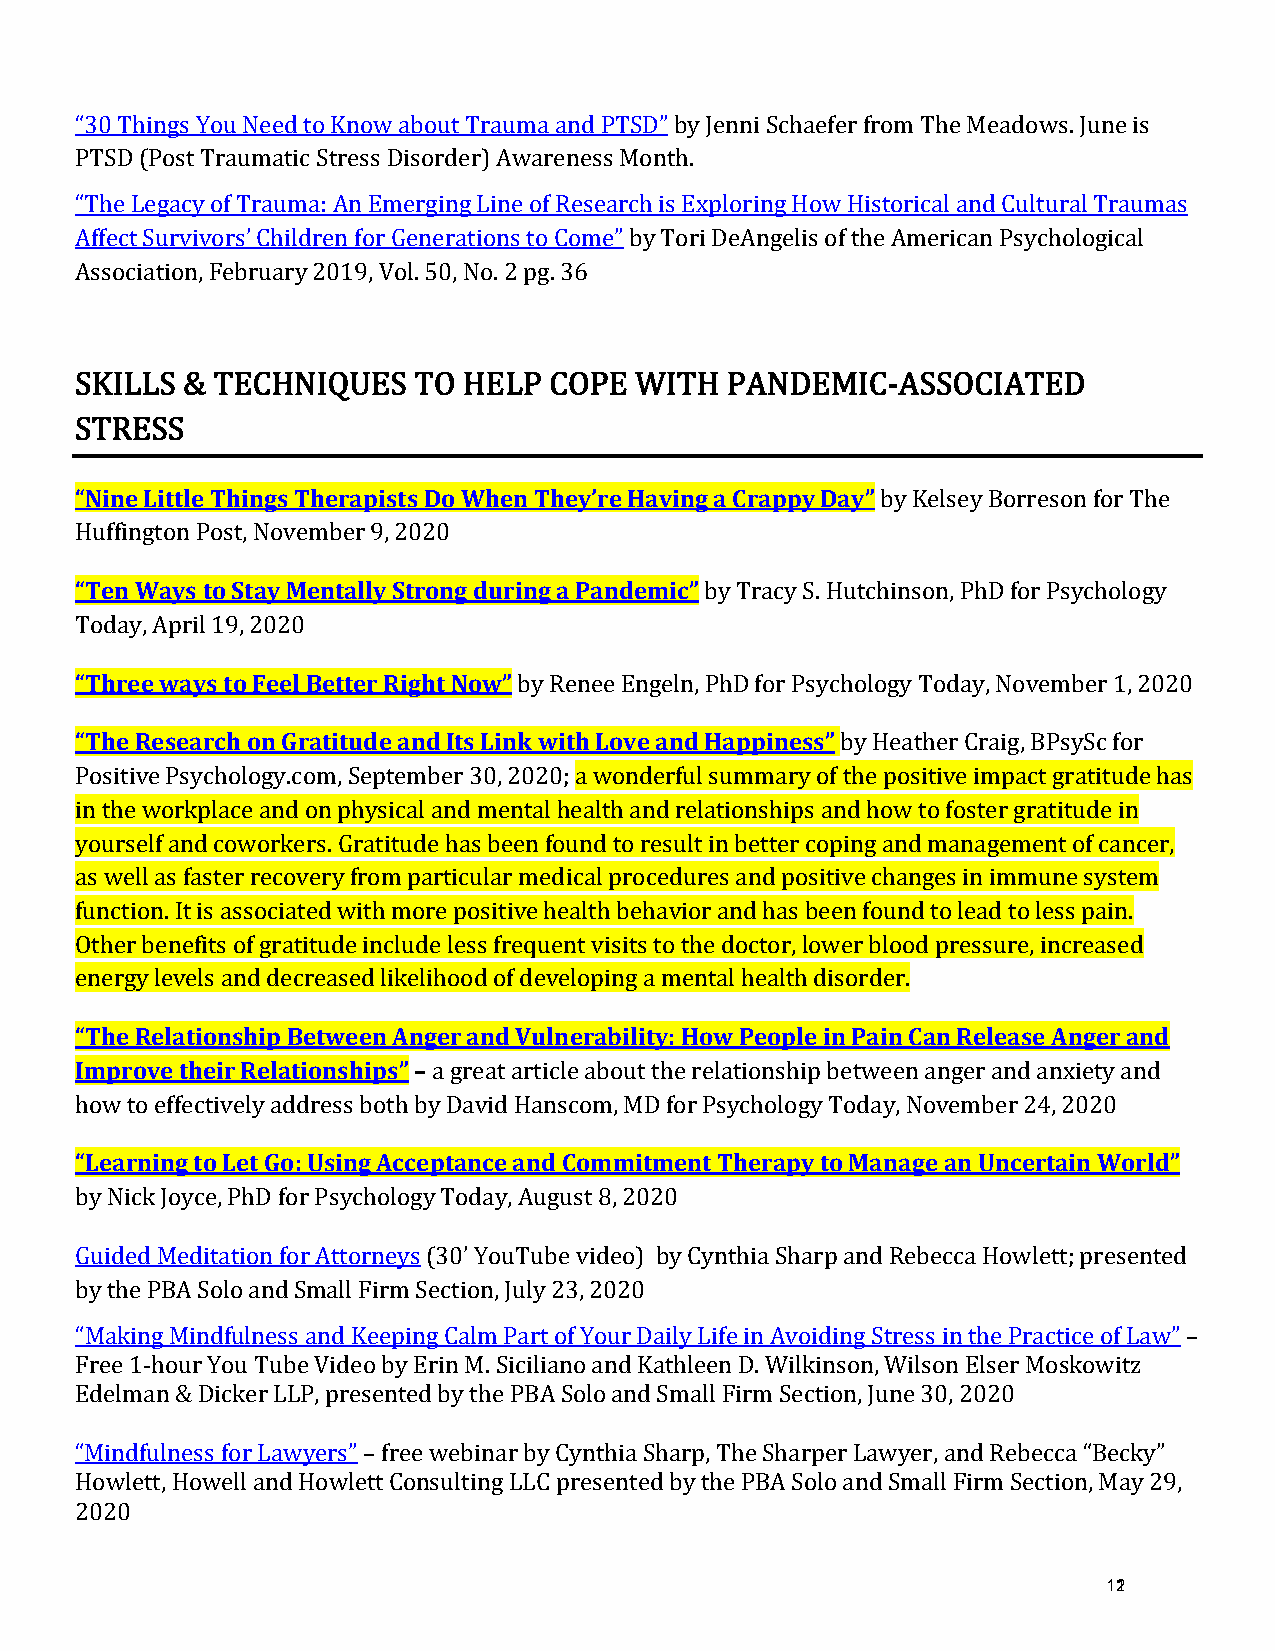
“30 Things You Need to Know about Trauma and PTSD” by Jenni Schaefer from The Meadows. June is
 PTSD (Post Traumatic Stress Disorder) Awareness Month.
 “The Legacy of Trauma: An Emerging Line of Research is Exploring How Historical and Cultural Traumas
 Affect Survivors’ Children for Generations to Come” by Tori DeAngelis of the American Psychological
 Association, February 2019, Vol. 50, No. 2 pg. 36
 SKILLS & TECHNIQUES   TO  HELP COPE  WITH  PANDEMIC-ASSOCIATED
 S“NTinReE LSitStl e Things Therapists Do When They’re Having a Crappy Day”
 by Kelsey Borreson for The
 H“Tueffnin Wgtaoyns P toos St,t Nayo vMeemnbtearl l9y, S2t0r2o0n g during a Pandemic”
 by Tracy S. Hutchinson, PhD for Psychology
 T“Tohdraeye, A wpariyl s1 t9o, 2F0e2e0l Better Right Now”
 “The Research on Gratitude and Its Lin bky w Riethn eLeo Evneg aenlnd, HPhaDp pfoinr ePsssy”c hology Today, November 1, 2020
 by Heather Craig, BPsySc for
 Positive Psychology.com, September 30, 2020; a wonderful summary of the positive impact gratitude has
 in the workplace and on physical and mental health and relationships and how to foster gratitude in
 yourself and coworkers. Gratitude has been found to result in better coping and management of cancer,
 as well as faster recovery from particular medical procedures and positive changes in immune system
 function. It is associated with more positive health behavior and has been found to lead to less pain.
 Other benefits of gratitude include less frequent visits to the doctor, lower blood pressure, increased
 e“Tnhereg Ry elelavetilos nasnhdi pde Bceretwaseeedn l iAkenlgiheoro adn odf Vduevlneelorpaibnigl iaty m: Henotwal Pheeaolpthle d iinso Pradienr .C an Release Anger and
 Improve their Relationships” –
 a great article about the relationship between anger and anxiety and
 h“Loewa rton ienffge tcoti vLeelty Gaod:d Uressisn gb oAtchc beyp tDaanvcide aHnadn sCcoomm,m MitDm foern Pt sTyhcehroalopgyy t Too Mdaayn,a Ngoev aenm Ubnerc e2r4t,a 2i0n2 W0 orld”
 by Nick Joyce, PhD for Psychology Today, August 8, 2020
 Guided Meditation for Attorneys (30’ YouTube video) by Cynthia Sharp and Rebecca Howlett; presented
 by the PBA Solo and Small Firm Section, July 23, 2020
 “Making Mindfulness and Keeping Calm Part of Your Daily Life in Avoiding Stress in the Practice of Law” –
 Free 1-hour You Tube Video by Erin M. Siciliano and Kathleen D. Wilkinson, Wilson Elser Moskowitz
 Edelman & Dicker LLP, presented by the PBA Solo and Small Firm Section, June 30, 2020
 “Mindfulness for Lawyers” – free webinar by Cynthia Sharp, The Sharper Lawyer, and Rebecca “Becky”
 Howlett, Howell and Howlett Consulting LLC presented by the PBA Solo and Small Firm Section, May 29,
 2020
 121